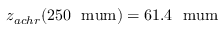
z _ { a c h r } ( 2 5 0 ~ \mathrm { \ m u m } ) = 6 1 . 4 ~ \mathrm { \ m u m }